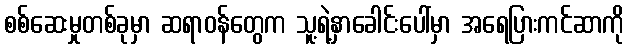
စစ်ဆေးမှုတစ်ခုမှာ ဆရာဝန်တွေက သူ့ရဲ့နှာခေါင်းပေါ်မှာ အရေပြားကင်ဆာကို